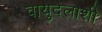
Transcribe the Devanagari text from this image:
वायुदलाशी